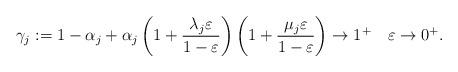
LaTeX: \begin{align*}\gamma_j :=1 -\alpha_j +\alpha_j\left(1 +\frac{\lambda_j\varepsilon}{1 -\varepsilon}\right)\left(1 +\frac{\mu_j\varepsilon}{1 -\varepsilon}\right) \to 1^+ \quad\varepsilon \to 0^+.\end{align*}